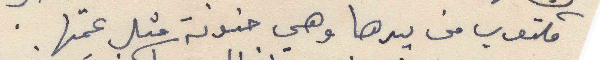
مكتوب من يدها وهي حنونة متل عمتها .